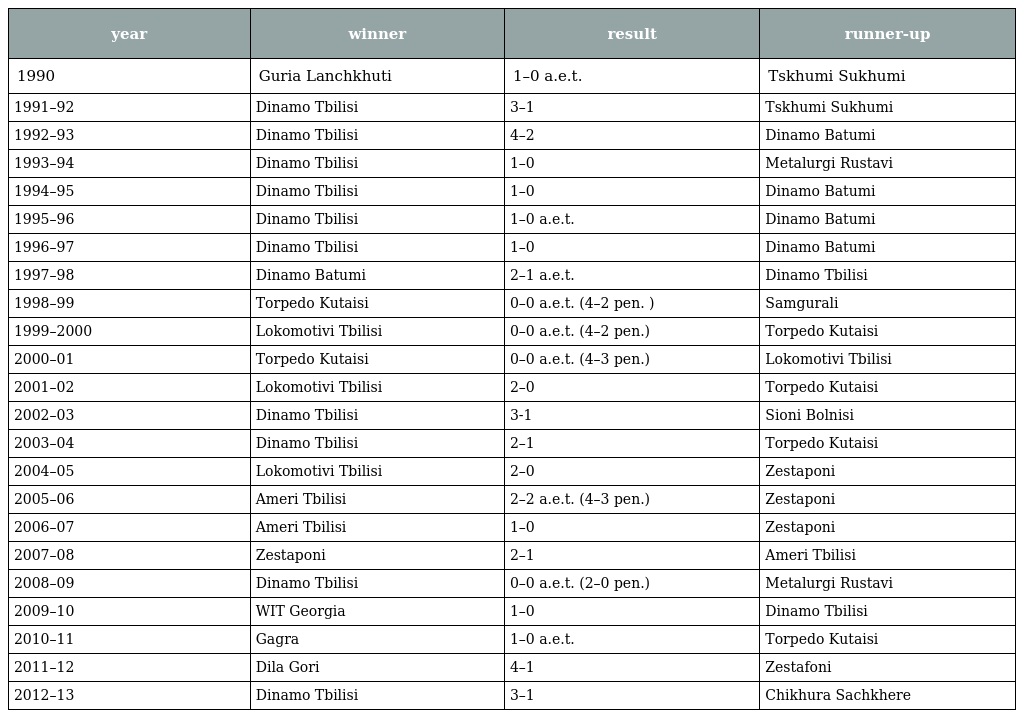
| year | winner | result | runner-up |
 | --- | --- | --- | --- |
 | 1990 | Guria Lanchkhuti | 1–0 a.e.t. | Tskhumi Sukhumi |
 | 1991–92 | Dinamo Tbilisi | 3–1 | Tskhumi Sukhumi |
 | 1992–93 | Dinamo Tbilisi | 4–2 | Dinamo Batumi |
 | 1993–94 | Dinamo Tbilisi | 1–0 | Metalurgi Rustavi |
 | 1994–95 | Dinamo Tbilisi | 1–0 | Dinamo Batumi |
 | 1995–96 | Dinamo Tbilisi | 1–0 a.e.t. | Dinamo Batumi |
 | 1996–97 | Dinamo Tbilisi | 1–0 | Dinamo Batumi |
 | 1997–98 | Dinamo Batumi | 2–1 a.e.t. | Dinamo Tbilisi |
 | 1998–99 | Torpedo Kutaisi | 0–0 a.e.t. (4–2 pen. ) | Samgurali |
 | 1999–2000 | Lokomotivi Tbilisi | 0–0 a.e.t. (4–2 pen.) | Torpedo Kutaisi |
 | 2000–01 | Torpedo Kutaisi | 0–0 a.e.t. (4–3 pen.) | Lokomotivi Tbilisi |
 | 2001–02 | Lokomotivi Tbilisi | 2–0 | Torpedo Kutaisi |
 | 2002–03 | Dinamo Tbilisi | 3-1 | Sioni Bolnisi |
 | 2003–04 | Dinamo Tbilisi | 2–1 | Torpedo Kutaisi |
 | 2004–05 | Lokomotivi Tbilisi | 2–0 | Zestaponi |
 | 2005–06 | Ameri Tbilisi | 2–2 a.e.t. (4–3 pen.) | Zestaponi |
 | 2006–07 | Ameri Tbilisi | 1–0 | Zestaponi |
 | 2007–08 | Zestaponi | 2–1 | Ameri Tbilisi |
 | 2008–09 | Dinamo Tbilisi | 0–0 a.e.t. (2–0 pen.) | Metalurgi Rustavi |
 | 2009–10 | WIT Georgia | 1–0 | Dinamo Tbilisi |
 | 2010–11 | Gagra | 1–0 a.e.t. | Torpedo Kutaisi |
 | 2011–12 | Dila Gori | 4–1 | Zestafoni |
 | 2012–13 | Dinamo Tbilisi | 3–1 | Chikhura Sachkhere |